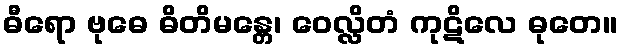
ဓီရော ဗုဓေ ဓိတိမန္တေ၊ ဝေလ္လိတံ ကုဋိလေ ဓုတေ။